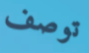
توصف